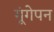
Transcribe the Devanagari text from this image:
गूंगेपन